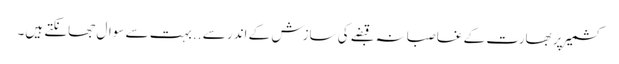
کشمیر پر بھارت کے غاصبانہ قبضے کی سازش کے اندر سے ..بہت سے سوال جھانکتے ہیں۔